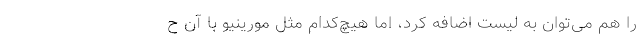
را هم می‌توان به لیست اضافه کرد، اما هیچ‌کدام مثل مورینیو با آن ح